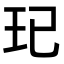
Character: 𤣱